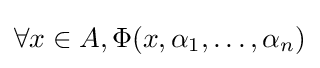
\forall x\in A,\Phi (x,\alpha _{1},\ldots ,\alpha _{n})